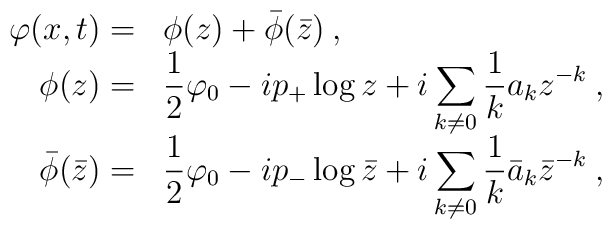
\begin{array}{rl}\displaystyle \varphi (x,t)= & \phi (z)+\bar{\phi }(\bar{z})\: ,\\\phi (z)= & \displaystyle\frac{1}{2}\varphi _{0}-ip_{+}\log z+i\displaystyle\sum _{k\neq 0}\displaystyle\frac{1}{k}a_{k}z^{-k}\: ,\\\bar{\phi }(\bar{z})= & \displaystyle\frac{1}{2}\varphi _{0}-ip_{-}\log \bar{z}+i\displaystyle\sum _{k\neq 0}\displaystyle\frac{1}{k}\bar{a}_{k}\bar{z}^{-k}\: ,\end{array}